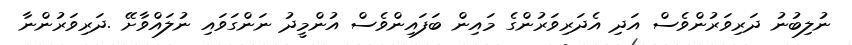
ނުލިބުނު ދަރިވަރުންވެސް އަދި އެދަރިވަރުންގެ މައިން ބަފައިންވެސް އުންމީދު ނަންގަވައި ނުލައްވާށޭ .ދަރިވަރުންނާ